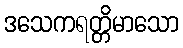
ဒသေကရတ္တိမာသော